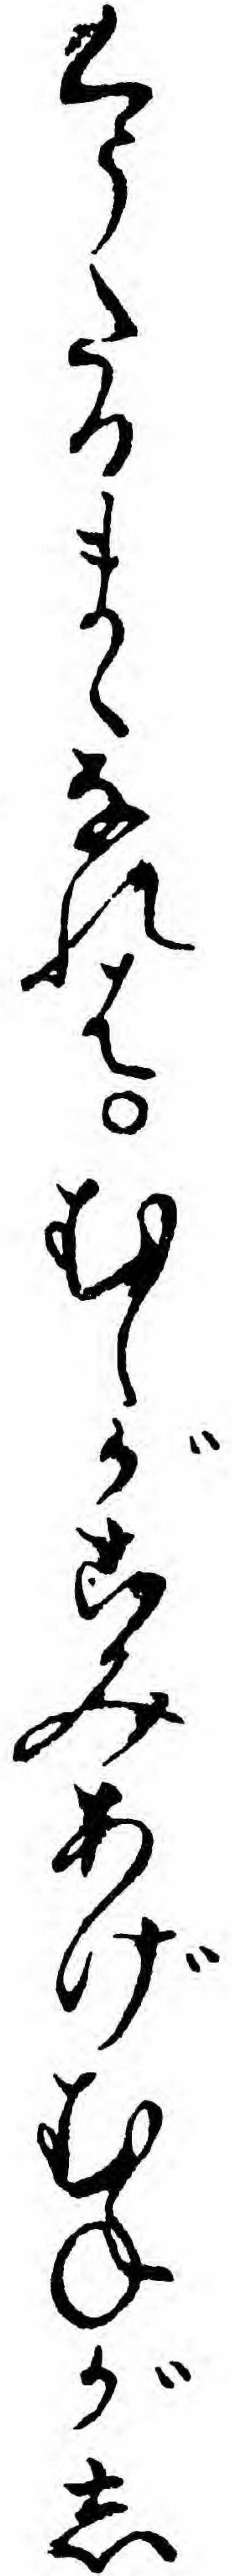
くうたるまゝなれはむしがこみあげむねがし